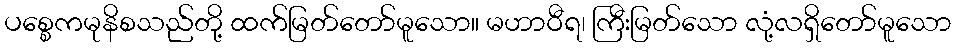
ပစ္စေကမုနိစသည်တို့ ထက်မြတ်တော်မူသော။ မဟာဝီရ၊ ကြီးမြတ်သော လုံ့လရှိတော်မူသော